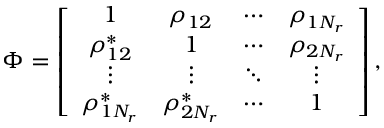
\boldsymbol { \Phi } = \left[ \begin{array} { c c c c } { 1 } & { \rho _ { 1 2 } } & { \cdots } & { \rho _ { 1 N _ { r } } } \\ { \rho _ { 1 2 } ^ { * } } & { 1 } & { \cdots } & { \rho _ { 2 N _ { r } } } \\ { \vdots } & { \vdots } & { \ddots } & { \vdots } \\ { \rho _ { 1 N _ { r } } ^ { * } } & { \rho _ { 2 N _ { r } } ^ { * } } & { \cdots } & { 1 } \end{array} \right] ,